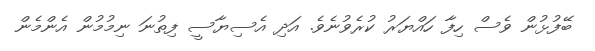
ބޭފުޅުން ވެސް ހިފާ ހައްޔަރު ކުރެވުނެވެ. އަދި އެސިޔާސީ ފިތުނަ ނިމުމުން އެންމެން